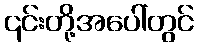
၎င်းတို့အပေါ်တွင်